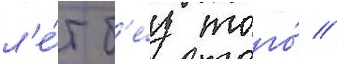
л'е́т б'е́з того́ /